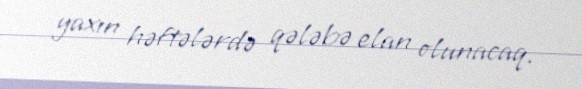
yaxın həftələrdə qələbə elan olunacaq.